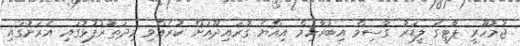
ޖުމުހޫރީ ޕާޓީގެ ލީޑަރު ގާސިމް އިބުރާހިމް އިއްޔެ ގުރައިދޫއަށް ކުރެއްވި މިދަތުރުފުޅުގައި އެރަށުގައި